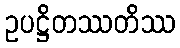
ဥပဋ္ဌိတဿတိဿ